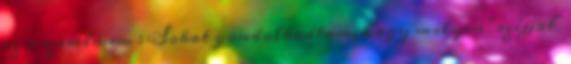
ez a szerelmem : Sokat gondolkodtam, hogy milyen "szíjjat"